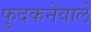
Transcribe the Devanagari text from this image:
फुदकनेवाले